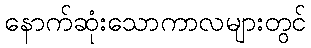
နောက်ဆုံးသောကာလများတွင်